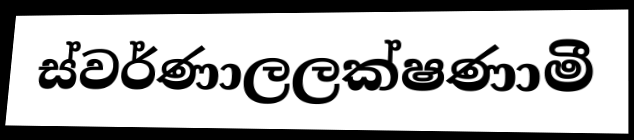
ස්වර්ණාලලක්ෂණාමී